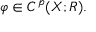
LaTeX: \varphi \in C ^ { p } ( X ; R ) .